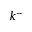
k ^ { - }